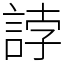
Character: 誖